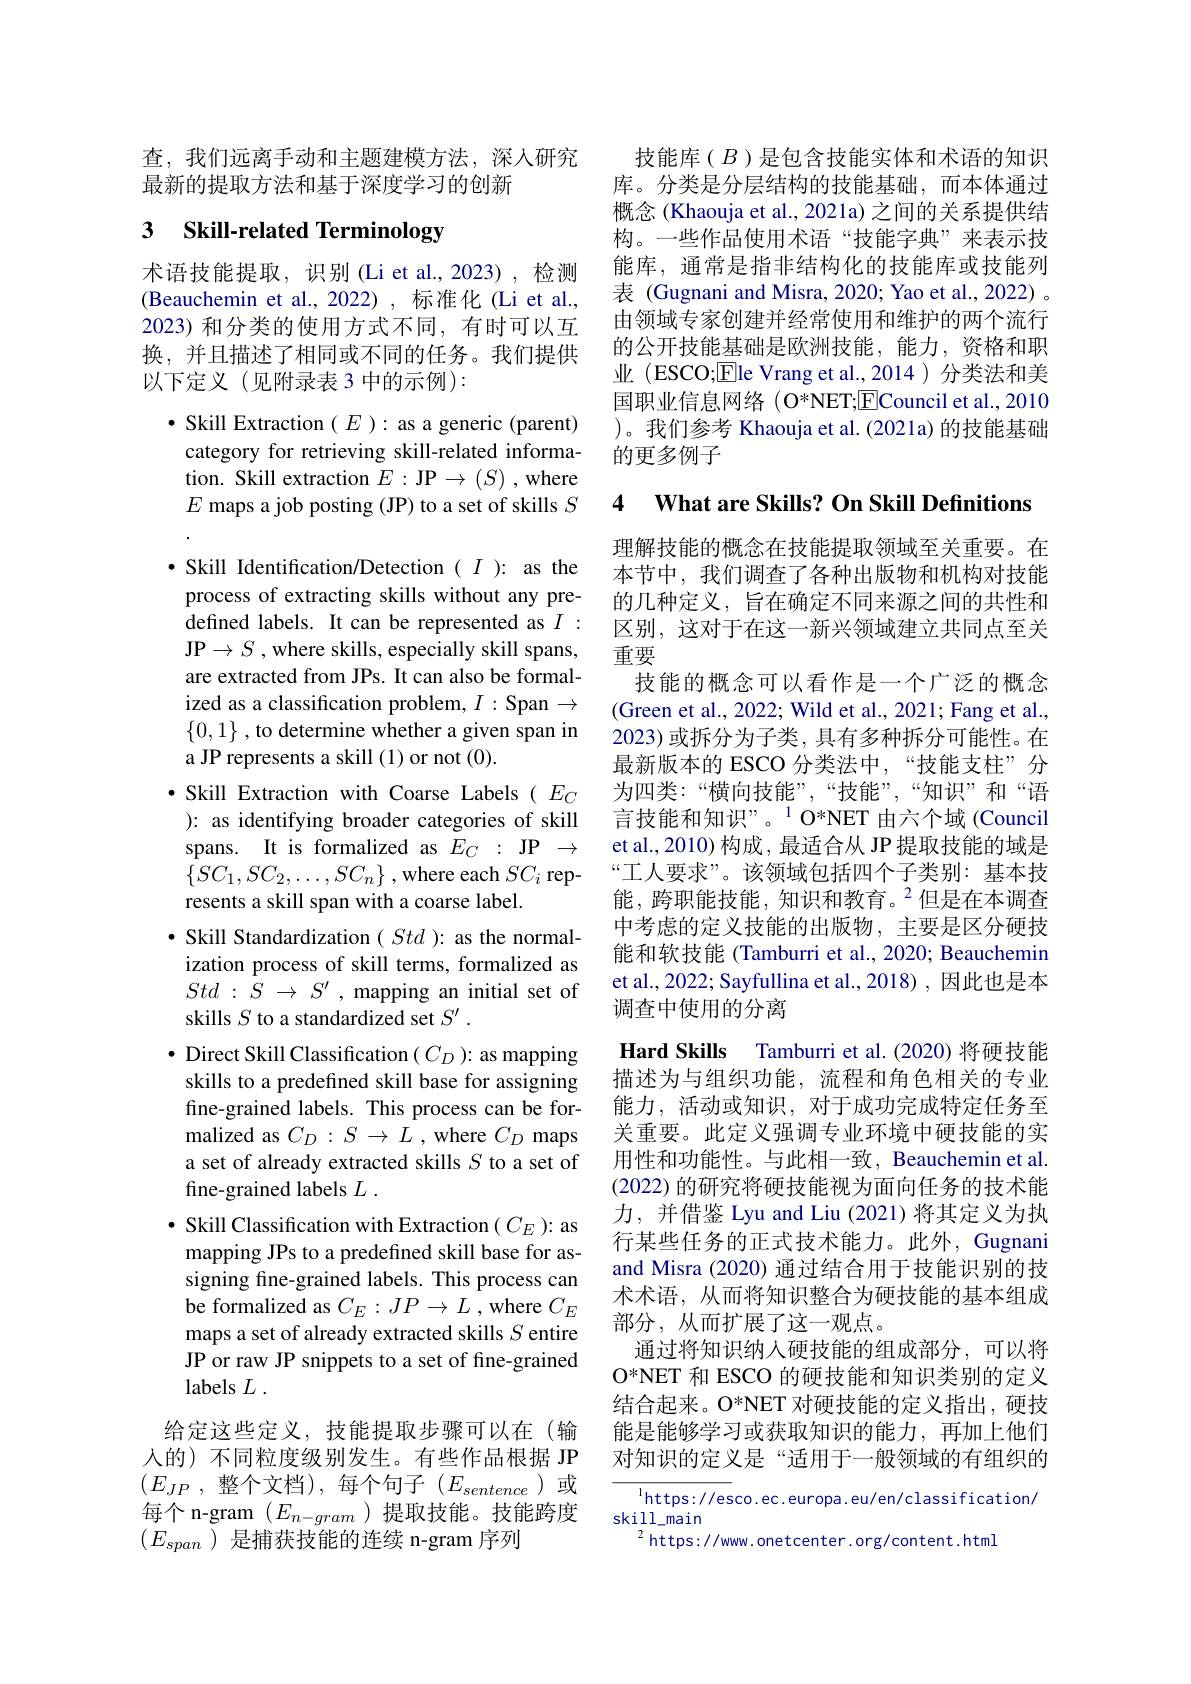
查，我们远离手动和主题建模方法，深人研究
最新的提取方法和基于深度学习的创新

## 3 Skill-related Terminology

术语技能提取，识别(Li et al.,2023),检测(Beauchemin et al., 2022), 标准化 (Li et al., 2023) 和分类的使用方式不同，有时可以互换，并且描述了相同或不同的任务。我们提供以下定义(见附录表3中的示例):

$\bullet$ Skill Extraction $(E):$ as a generic (parent) category for retrieving skill-related information. Skill extraction $E:\mathbf{JP}\to(S)$ ,where $E$ maps a job posting (JP) to a set of skills $S$ $\bullet$ Skill Identification/Detection $( \begin{array} { c } I\end{array} ) :$ as the process of extracting skills without any predefined labels. It can be represented as $I:$ $\mathbf{JP}\to S$ , where skills, especially skill spans, are extracted from JPs. It can also be formalized as a classification problem, $I:$ Span $\to$ $\{0,1\}$ , to determine whether a given span in a JP represents a skill (1) or not (0).
$\bullet$ Skill Extraction with Coarse Labels( $E_C$ ): as identifying broader categories of skill spans. It is formalized as $E_C:$ JP $\to$ $\{SC_{1},SC_{2},\ldots,SC_{n}\}$ , where each $SC_i$ represents a skill span with a coarse label.
$\bullet$ Skill Standardization $( \textit{Std }) :$ as the normalization process of skill terms, formalized as Std : $\bar{S}$ $\to$ $S^{\prime }$ , mapping an initial set of skills $S$ to a standardized set $S^\prime.$
$\bullet$ Direct Skill Classification $(C_D){:}$ as mapping skills to a predefined skill base for assigning fine-grained labels. This process can be formalized as $C_D:S\to L$ , where $C_D$ maps a set of already extracted skills $S$ to a set of fine-grained labels $L$ .
$\bullet$ Skill Classification with Extraction $(C_E):$ as mapping JPs to a predefined skill base for assigning fine-grained labels. This process can be formalized as $C_E:JP\to L$ , where $C_E$ maps a set of already extracted skills $S$ entire JP or raw JP snippets to a set of fine-grained labels $L$ .
给定这些定义，技能提取步骤可以在(输人的) 不同粒度级别发生。有些作品根据 JP $( E_{JP}$ ,整个文档),每个句子$(E_sentence$)或每个 n-gram $(E_{n-gram}$ )提取技能。技能跨度

$(E_{span}$)是捕获技能的连续 n-gram 序列

技能库($B$)是包含技能实体和术语的知识库。分类是分层结构的技能基础，而本体通过概念 (Khaouja et al., 2021a) 之间的关系提供结构。一些作品使用术语“技能字典”来表示技能库，通常是指非结构化的技能库或技能列表 (Gugnani and Misra, 2020; Yao et al., 2022) 。由领域专家创建并经常使用和维护的两个流行的公开技能基础是欧洲技能，能力，资格和职业 (ESCO;Ele Vrang et al.,2014 )分类法和美国职业信息网络(O*NET;$\underline{\mathrm{E}}$Council et al., 2010 )。我们参考 Khaouja et al.(2021a) 的技能基础的更多例子

4 $\textbf{What are Skills? On Skill Definitions}$

理解技能的概念在技能提取领域至关重要。在本节中，我们调查了各种出版物和机构对技能的几种定义，旨在确定不同来源之间的共性和区别，这对于在这一新兴领域建立共同点至关重要
技能的概念可以看作是一个广泛的概念(Green et al., 2022; Wild et al., 2021; Fang et al., 2023) 或拆分为子类，具有多种拆分可能性。在最新版本的 ESCO 分类法中，“技能支柱”分为四类：“横向技能”,“技能”,“知识”和“语言技能和知识”。$^{1}$O*NET 由六个域(Council et al., 2010) 构成，最适合从 JP 提取技能的域是“工人要求”。该领域包括四个子类别：基本技能，跨职能技能，知识和教育。$^{2}$但是在本调查中考虑的定义技能的出版物，主要是区分硬技能和软技能 (Tamburri et al., 2020; Beauchemin et al., 2022; Sayfullina et al., 2018) , 因此也是本调查中使用的分离
Hard Skills Tamburri et al.(2020) 将硬技能描述为与组织功能，流程和角色相关的专业能力，活动或知识，对于成功完成特定任务至关重要。此定义强调专业环境中硬技能的实用性和功能性。与此相一致，Beauchemin et al. (2022)的研究将硬技能视为面向任务的技术能力，并借鉴 Lyu and Liu (2021)将其定义为执行某些任务的正式技术能力。此外，Gugnani and Misra (2020) 通过结合用于技能识别的技术术语，从而将知识整合为硬技能的基本组成部分，从而扩展了这一观点。
通过将知识纳人硬技能的组成部分，可以将O*NET 和 ESCO 的硬技能和知识类别的定义结合起来。O*NET 对硬技能的定义指出，硬技能是能够学习或获取知识的能力，再加上他们对知识的定义是“适用于一般领域的有组织的
$^{1}$https://esco.ec.europa.eu/en/classification/
skill\_main

$^2$https://www.onetcenter.org/content.html